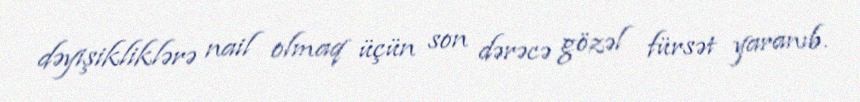
dəyişikliklərə nail olmaq üçün son dərəcə gözəl fürsət yaranıb.